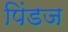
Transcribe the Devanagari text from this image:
पिंडज